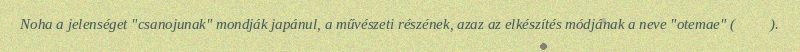
Noha a jelenséget "csanojunak" mondják japánul, a művészeti részének, azaz az elkészítés módjának a neve "otemae" (お手前).